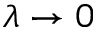
\lambda \to 0